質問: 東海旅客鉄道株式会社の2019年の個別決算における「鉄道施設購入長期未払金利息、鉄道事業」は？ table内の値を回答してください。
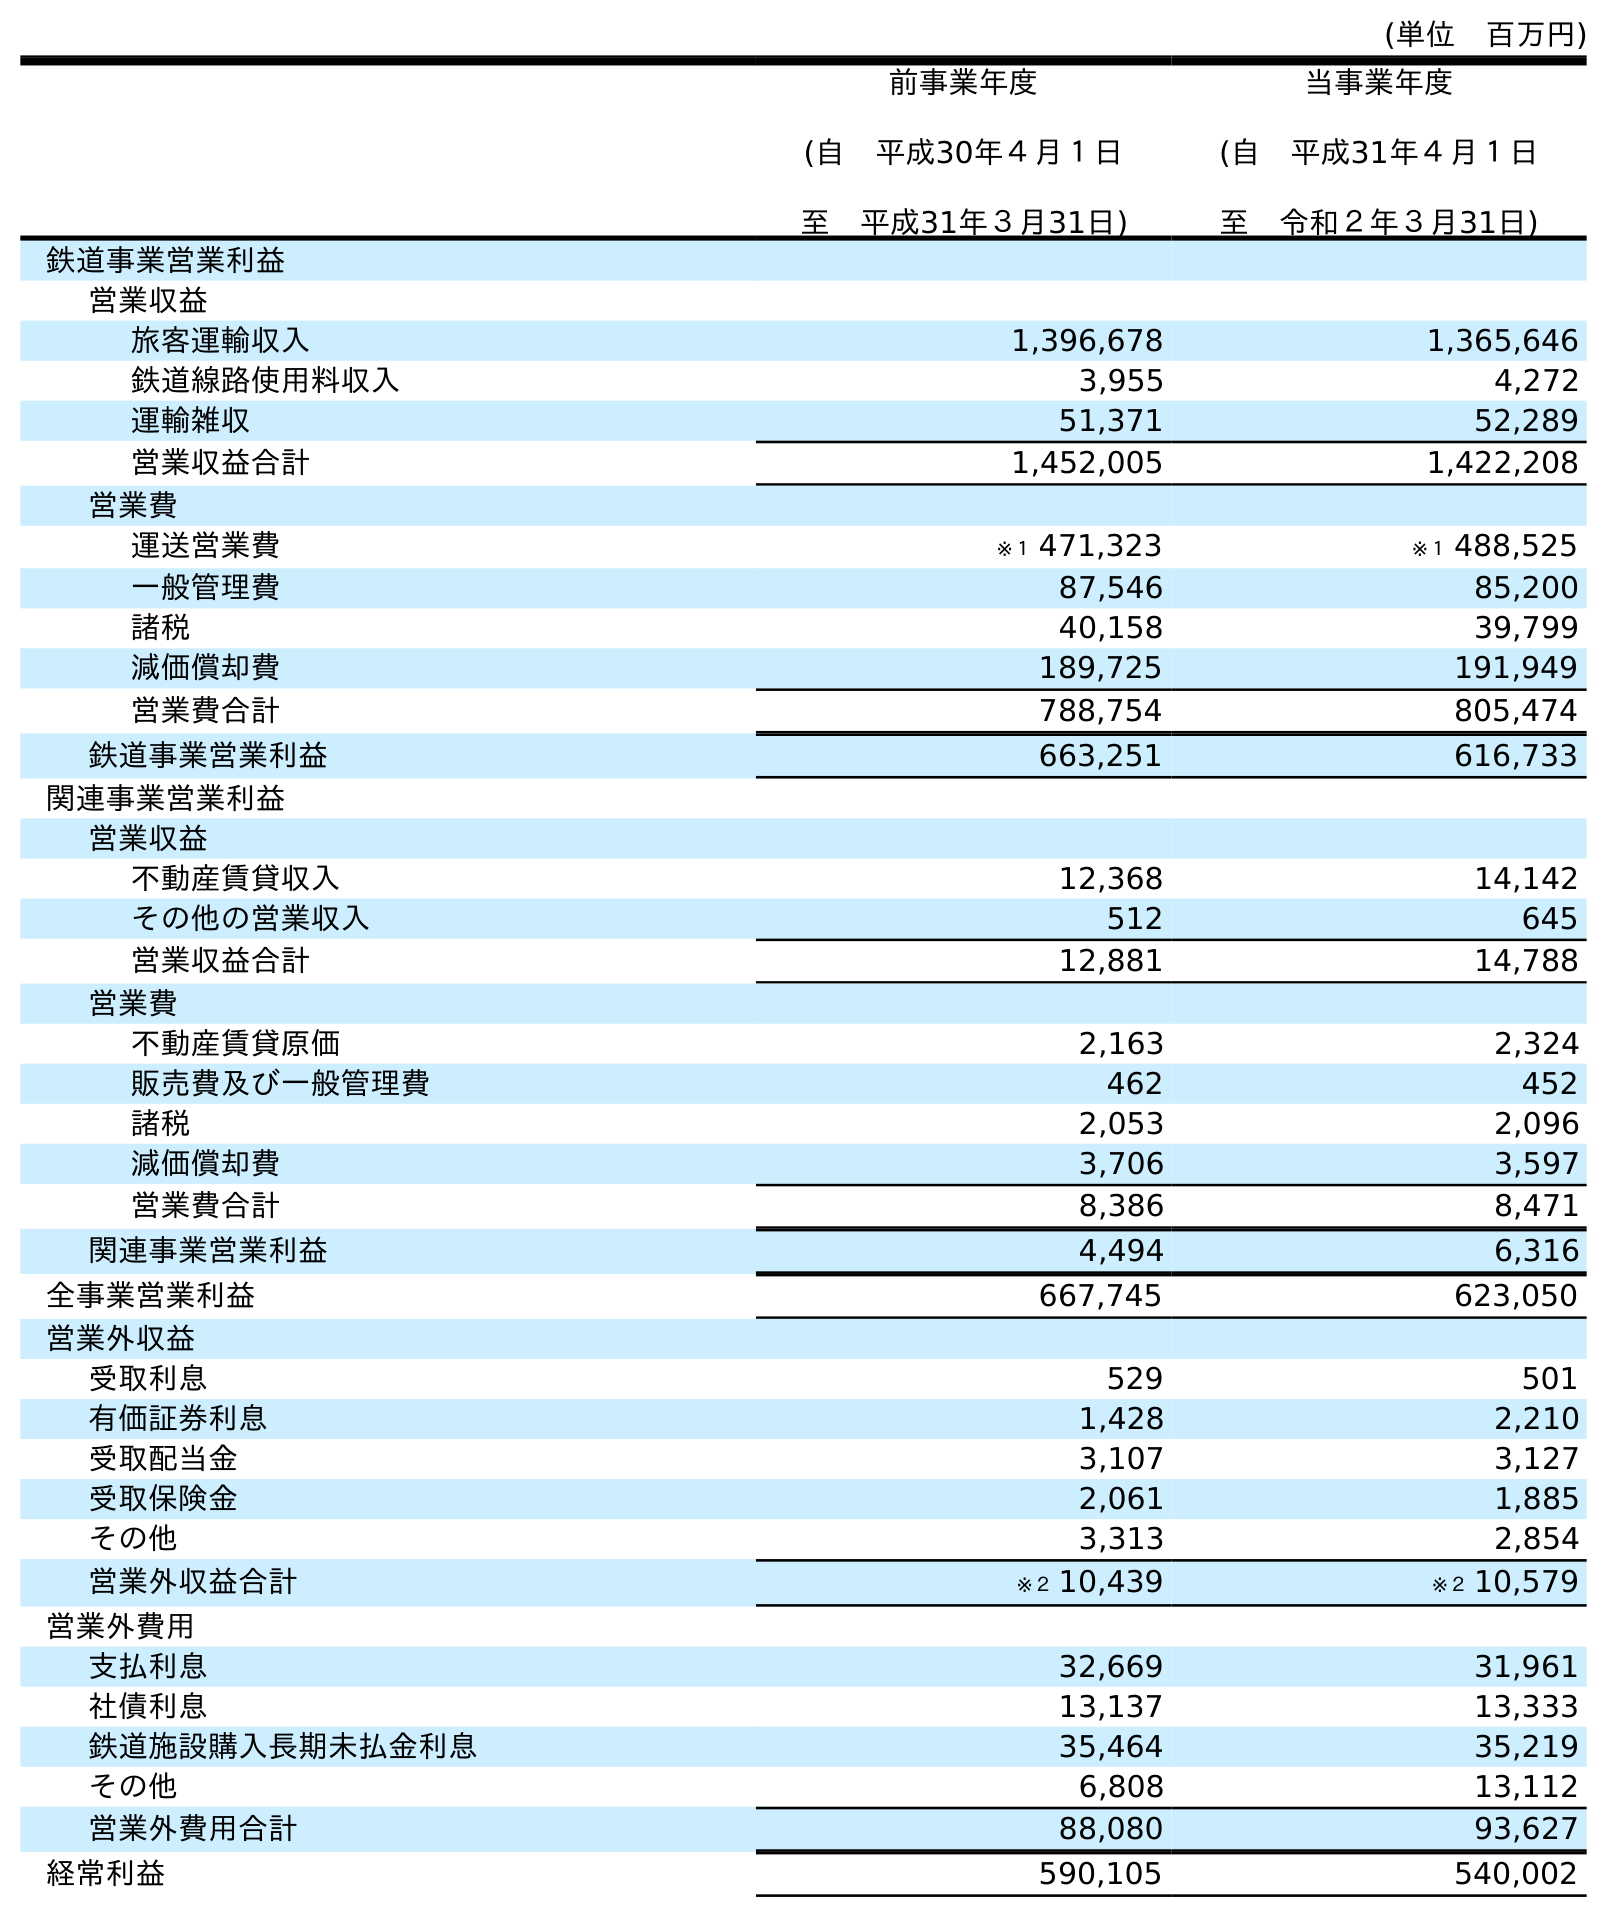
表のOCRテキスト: (単位 百万円) 前事業年度 (自 平成30年４月１日 至 平成31年３月31日) 当事業年度 (自 平成31年４月１日 至 令和２年３月31日) 鉄道事業営業利益 営業収益 旅客運輸収入 1,396,678 1,365,646 鉄道線路使用料収入 3,955 4,272 運輸雑収 51,371 52,289 営業収益合計 1,452,005 1,422,208 営業費 運送営業費 ※１ 471,323 ※１ 488,525 一般管理費 87,546 85,200 諸税 40,158 39,799 減価償却費 189,725 191,949 営業費合計 788,754 805,474 鉄道事業営業利益 663,251 616,733 関連事業営業利益 営業収益 不動産賃貸収入 12,368 14,142 その他の営業収入 512 645 営業収益合計 12,881 14,788 営業費 不動産賃貸原価 2,163 2,324 販売費及び一般管理費 462 452 諸税 2,053 2,096 減価償却費 3,706 3,597 営業費合計 8,386 8,471 関連事業営業利益 4,494 6,316 全事業営業利益 667,745 623,050 営業外収益 受取利息 529 501 有価証券利息 1,428 2,210 受取配当金 3,107 3,127 受取保険金 2,061 1,885 その他 3,313 2,854 営業外収益合計 ※２ 10,439 ※２ 10,579 営業外費用 支払利息 32,669 31,961 社債利息 13,137 13,333 鉄道施設購入長期未払金利息 35,464 35,219 その他 6,808 13,112 営業外費用合計 88,080 93,627 経常利益 590,105 540,002
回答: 35,464